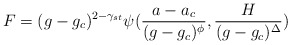
\begin{align*}F = ( g - g_{c})^{2-\gamma_{st}}\psi({{a-a_{c}}\over{(g - g_{c})^{\phi}}},{H\over{(g-g_{c})^{\Delta}}})\end{align*}